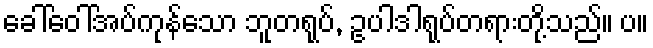
ခေါ်ဝေါ်အပ်ကုန်သော ဘူတရုပ်, ဥပါဒါရုပ်တရားတို့သည်။ ပ။